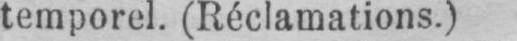
temporel. (Réclamations.)